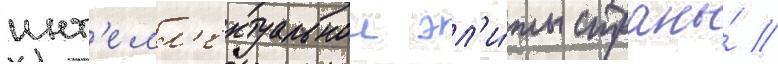
инт'елл'ектуальнои эл'и́ты страны́ //